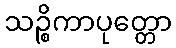
သဉ္စိကာပုတ္တော